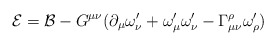
\begin{align*}\mathcal{E=B}-G^{\mu \nu }(\partial _{\mu }\omega _{\nu }^{\prime }+\omega_{\mu }^{\prime }\omega _{\nu }^{\prime }-\Gamma _{\mu \nu }^{\rho }\omega_{\rho }^{\prime }) \end{align*}